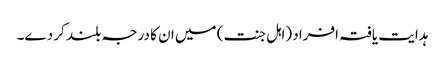
ہدایت یافتہ افراد (اہل جنت) میں ان کا درجہ بلند کر دے۔